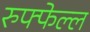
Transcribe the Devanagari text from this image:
रुफ्फेल्ल